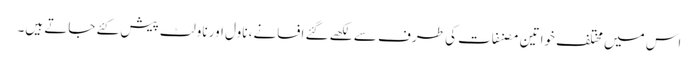
اس میں مختلف خواتین مصنفات کی طرف سے لکھے گئے افسانے، ناول اور ناولٹ پیش کئے جاتے ہیں۔